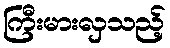
ကြီးမားလှသည့်